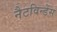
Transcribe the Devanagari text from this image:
नैटविन्डेंस